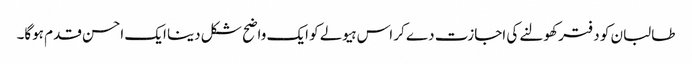
طالبان کو دفتر کھولنے کی اجازت دے کر اس ہیولے کو ایک واضح شکل دینا ایک احسن قدم ہوگا۔